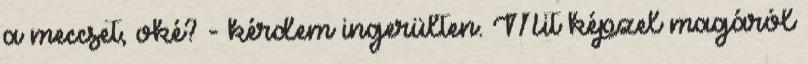
a meccset, oké? - kérdem ingerülten. Mit képzel magáról